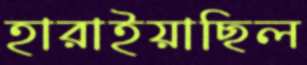
হারাইয়াছিল